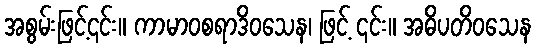
အစွမ်းဖြင့်၎င်း။ ကာမာဝစရာဒိဝသေန၊ ဖြင့် ၎င်း။ အဓိပတိဝသေန